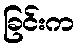
ခြင်းက